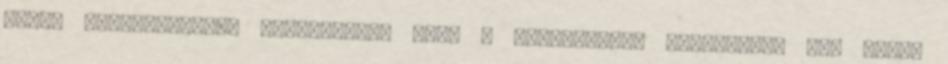
soron kimondatlanul gyakorolja, sőt: a szabadságra hivatkozva úgy tesz,